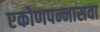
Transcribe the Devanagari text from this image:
एकोणपन्नासवा